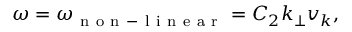
\omega = \omega _ { \mathrm { ~ n ~ o ~ n ~ - ~ l ~ i ~ n ~ e ~ a ~ r ~ } } = C _ { 2 } k _ { \perp } v _ { k } ,